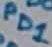
Text: PD1